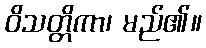
ဝိသတ္တိကာ၊ မည်၏။